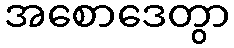
အစောဒေတွာ